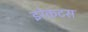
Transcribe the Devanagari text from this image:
इरेकटस